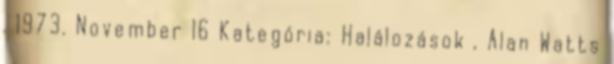
. 1973. November 16 Kategória: Halálozások , Alan Watts